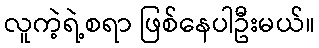
လူကဲ့ရဲ့စရာ ဖြစ်နေပါဦးမယ်။